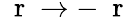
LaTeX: \mathrm{~\mathbf~r~}\to-\mathrm{~\mathbf~r~}